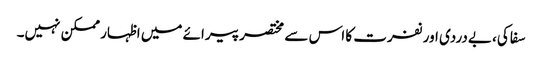
سفاکی، بےدردی اور نفرت کا اس سے مختصر پیرائے میں اظہار ممکن نہیں۔